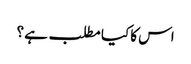
اس کا کیا مطلب ہے ؟